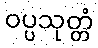
ဝပ္ပသုတ္တံ